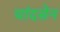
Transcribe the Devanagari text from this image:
चांदसेन